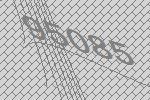
95085